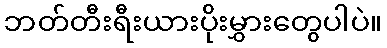
ဘတ်တီးရီးယားပိုးမွှားတွေပါပဲ။